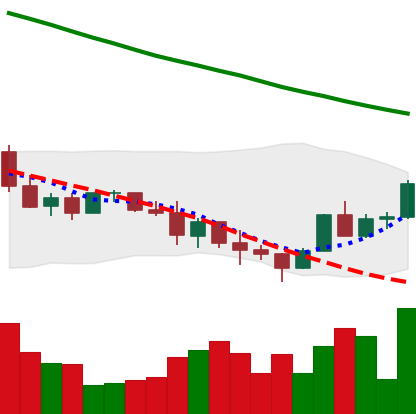
Ticker: ADA-USD
Chart end date: 2022-01-16
Forward return: -20.183%
Label: down_7plus